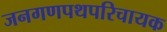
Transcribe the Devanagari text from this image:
जनगणपथपरिचायक